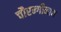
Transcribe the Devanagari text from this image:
चौरन्गीनाथ